Vaccination in Bombay 1889-1901 - 1889-1901
Year: 1889
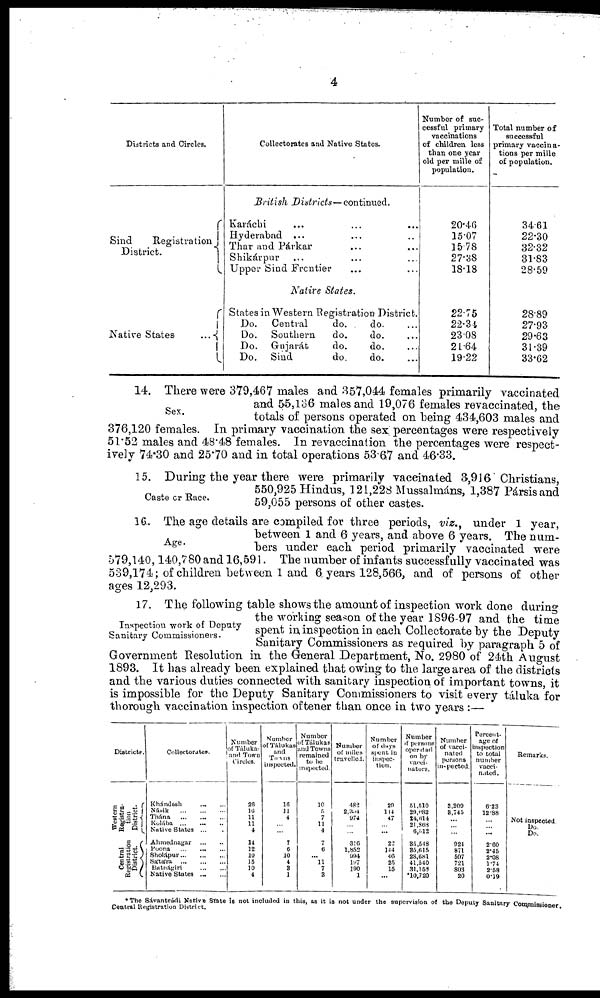
4
Districts and Circles.
Sind
Registration
District.
Native States
...
Collectorates and Native States.
British Districts— continued.
Karáchi ... ... ...
Hyderabad ... ... ...
Thar and Párkar ... ...
Shikárpur ... ... ...
Upper Sind Frontier ... ...
Native States.
States in Western Registration District.
Do. Central
do.
do. ...
Do. Southern
do.
do. ...
Do. Gujarát
do.
do. ...
Do. Sind
do.
do. ...
Number of suc-
cessful primary
vaccinations
of children less
than one year
old per mille of
population.
20.46
15.07
15.78
27.38
18.18
22.75
22.31
23.08
21.64
19.22
Total number of
successful
primary vaccina-
tions per mille
of population.
34.61
22.30
32.32
31.83
28.59
28.89
27.93
29.63
31.39
33.62
Sex.
14. There were 379,467 males and 357,044 females primarily vaccinated
and 55,136 males and 19,076 females revaccinated, the
totals of persons operated on "being 434,603 males and
376,120 females. In primary vaccination the sex percentages were respectively
51.52 males and 48.48 females. In revaccination the percentages were respect-
ively 74.30 and 25.70 and in total operations 53.67 and 46.33.
Caste or Race.
15. During the year there were primarily vaccinated 3,916 Christians,
550,925 Hindus, 121,228 Mussalmáns, 1,387 Pársis and
59,055 persons of other castes.
Age.
16.. The age details are compiled for three periods, viz., under 1 year,
between 1 and 6 years, and above 6 years. The num-
bers under each period primarily vaccinated were
579,140,140,780 and 16,591. The number of infants successfully vaccinated was
539,174; of children between 1 and 6 years 128,566, and of persons of other
ages 12,293.
Inspection work of Deputy
Sanitary Commissioners.
17. The following table shows the amount of inspection work done during
the working season of the year 1896-97 and the time
spent in inspection in each Collectorate by the Deputy
Sanitary Commissioners as required by paragraph 5 of
Government Resolution in the General Department, No. 2980 of 24th August
1893. It has already been explained that owing to the large area of the districts
and the various duties connected with sanitary inspection of important towns, it
is impossible for the Deputy Sanitary Commissioners to visit every táluka for
thorough vaccination inspection oftener than once in two years :—
Districts.
Western
Registra-
tion
District.
Central
Registration
District.
Collectorates.
Khándesh
...
...
Násik ... ... ...
Thána
...
...
...
Kolába...
...
...
Native States ...
Ahmednagar
...
...
Poona...
...
...
Sholápur...
...
...
Sátára
...
...
...
Batnágiri
...
...
Native States
...
...
Number
of Tálukas
and Town
Circles.
26
16
11
11
4
14
12
10
15
10
4
Number
of Tálukas
and
Towns
inspected.
16
11
4
...
...
7
6
10
4
3
1
Number
of Tálukas
and Towns
remained
to be
inspected.
10
5
7
11
4
7
6
...
11
7
3
Number
of miles
travelled.
482
2,304
974
...
...
316
1,852
994
197
190
1
Number
of days
spent in
inspec-
tion.
29
114
47
...
...
22
144
46
25
15
...
Number
of persons
operated
on by
vacci¬
nators.
51,510
29,082
24,614
21,868
6,512
35,548
85,615
28,681
41,540
31,159
10,720
Number
of vacci-
nated
persons
inspected.
3,209
3,745
...
...
...
924
871
597
721
803
20
Percent-
age of
inspection
to total
number
vacci-
nated.
6.23
12.88
...
...
...
2.60
2.45
2.08
1.74
2.58
0.19
Remarks.
Not inspected
Do.
Do.
*The Sávantvádi Native State is not included in this, as it is not under the supervision of the Deputy Sanitary Commissioner,
Central Registration District.